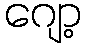
ဂျော့